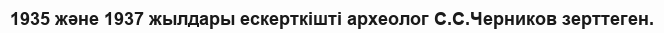
1935 және 1937 жылдары ескерткішті археолог С.С.Черников зерттеген.